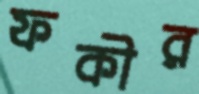
ফকীর